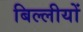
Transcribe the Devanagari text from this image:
बिल्लीयों